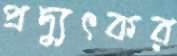
প্রদ্যুৎকর